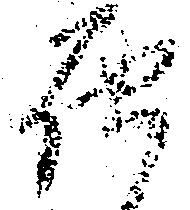
届